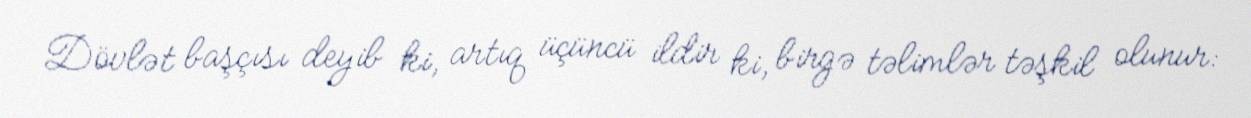
Dövlət başçısı deyib ki, artıq üçüncü ildir ki, birgə təlimlər təşkil olunur: